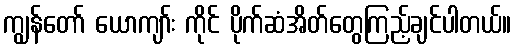
ကျွန်တော် ယောကျာ်း ကိုင် ပိုက်ဆံအိတ်တွေကြည့်ချင်ပါတယ်။